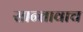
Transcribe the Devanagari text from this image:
सान्तावाच